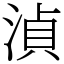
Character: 湞